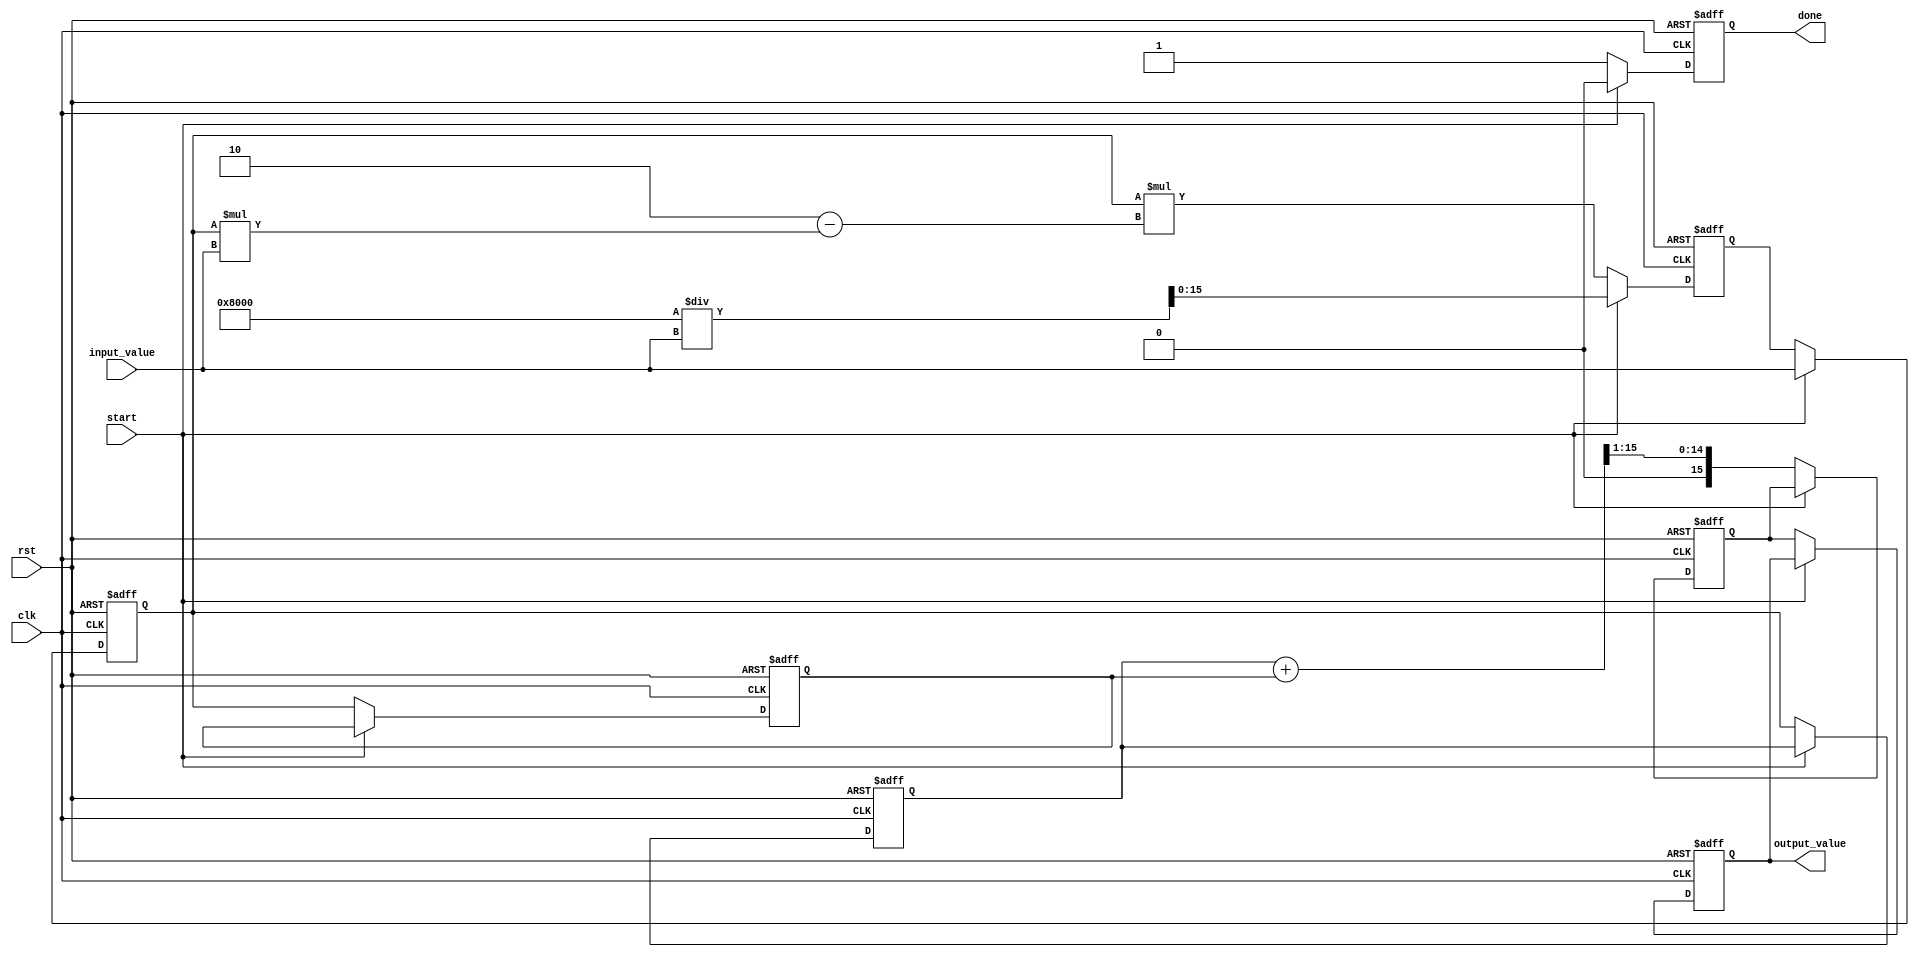
module systolic_array_reciprocal #(
    parameter N = 2, // Size of the systolic array (N x N)
    parameter WIDTH = 16 // Bit-width of the input and output
)(
    input wire clk,
    input wire rst,
    input wire [WIDTH-1:0] input_value, // Input value for which reciprocal is calculated
    input wire start,
    output reg [WIDTH-1:0] output_value, // Output reciprocal value
    output reg done // Signal to indicate completion
);

    // Processing Element (PE) structure
    reg [WIDTH-1:0] pe [0:N-1][0:N-1]; // PEs in the systolic array
    reg [WIDTH-1:0] intermediate [0:N-1][0:N-1]; // Intermediate values
    integer i, j;

    // Initialize the PEs
    always @(posedge clk or posedge rst) begin
        if (rst) begin
            done <= 0;
            output_value <= 0;
            for (i = 0; i < N; i = i + 1) begin
                for (j = 0; j < N; j = j + 1) begin
                    pe[i][j] <= 0;
                    intermediate[i][j] <= 0;
                end
            end
        end else if (start) begin
            // Load the input value into the first PE
            pe[0][0] <= input_value;
            // Initialize the first PE with an approximation (e.g., 1/input_value)
            intermediate[0][0] <= (1 << (WIDTH-1)) / input_value; // Initial approximation
            done <= 0;
        end else begin
            // Systolic array computation
            for (i = 0; i < N; i = i + 1) begin
                for (j = 0; j < N; j = j + 1) begin
                    if (i == 0 && j == 0) begin
                        // First PE: Pass input and compute
                        pe[i][j] <= intermediate[i][j]; // Pass through
                    end else if (j == 0) begin
                        // First column: Pass down
                        pe[i][j] <= pe[i-1][j];
                    end else if (i == 0) begin
                        // First row: Pass right
                        pe[i][j] <= pe[i][j-1];
                    end else begin
                        // General case: Compute using previous values
                        pe[i][j] <= (pe[i-1][j] + pe[i][j-1]) >> 1; // Example operation
                    end

                    // Update intermediate value (example: Newton-Raphson step)
                    intermediate[i][j] <= pe[i][j] * (2 - pe[i][j] * input_value);
                end
            end

            // Final output from the last PE
            output_value <= pe[N-1][N-1];
            done <= 1; // Indicate completion
        end
    end
endmodule